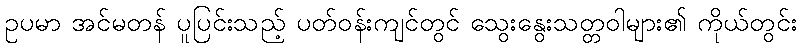
ဥပမာ အင်မတန် ပူပြင်းသည့် ပတ်ဝန်းကျင်တွင် သွေးနွေးသတ္တဝါများ၏ ကိုယ်တွင်း